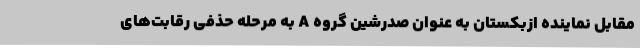
مقابل نماینده ازبکستان به عنوان صدرشین گروه A به مرحله حذفی رقابت‌های